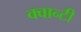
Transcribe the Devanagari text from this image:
क्वान्टी